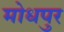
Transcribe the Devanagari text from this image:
मोधपुर